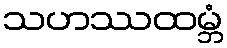
သဟဿထမ္ဘံ